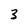
Character: 3